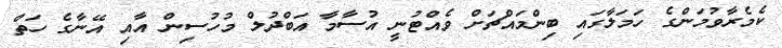
ކެމެރާވުމަންގެ ހަމަލާގައި ބިންމައްޗަށް ވެއްޓުނީ އުސާމާ އަބްދުލް މުހުސިން އާއި އޭނާގެ ހަތް